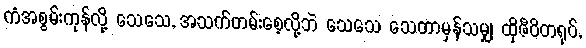
ကံအစွမ်းကုန်လို့ သေသေ, အသက်တမ်းစေ့လို့ဘဲ သေသေ သေတာမှန်သမျှ ထိုဇီဝိတရုပ်,